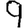
Digit: 9